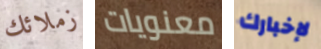
زملائك معنويات لإخبارك